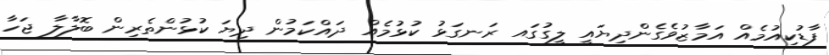
ފާޑުކިއުމެއް އަމާޒުވެގެންދިޔައީ ލީގުގައ ރަނގަޅު ކުޅުމެއް ދައްކަމުން ދިޔަ ކުޅުންތެރިން ބޮލާލާ ޖަހާ